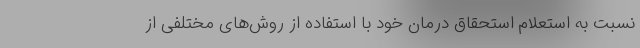
نسبت به استعلام استحقاق درمان خود با استفاده از روش‌های مختلفی از